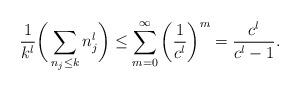
LaTeX: \begin{align*} \frac{1}{k^l} \bigg(\sum_{n_j \leq k} n_j^l \bigg) \leq \sum_{m=0}^\infty \bigg(\frac{1}{c^l}\bigg)^m =\frac{c^l}{c^l-1}.\end{align*}